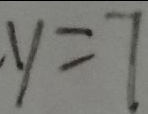
\cdot y = 7